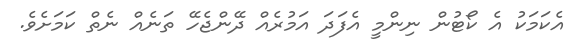
އެކަމަކު އެ ކޯޓުން ނިންމީ އެފަދަ އަމުރެއް ދޭންޖެހޭ ތަނެއް ނެތް ކަމަށެވެ.